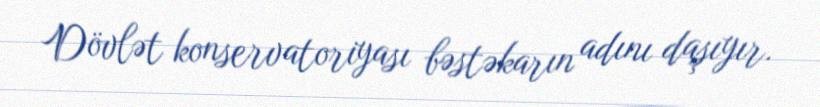
Dövlət konservatoriyası bəstəkarın adını daşıyır.